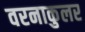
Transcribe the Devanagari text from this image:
वरनाकुलर